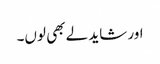
اور شاید لے بھی لوں۔